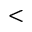
<